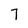
Character: 7